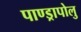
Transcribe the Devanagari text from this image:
पाण्ड्रापोलु